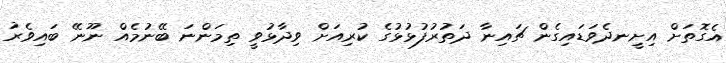
އެގޮތަށް އިށީނދެވަޑައިގެން ޗައިނާ ދަތުރުފުޅުޅުގެ ކުރިއަށް ވިދާޅުވީ ތިމަންނަ ބޭނުމެއް ނޫނޭ ބައިވެރު